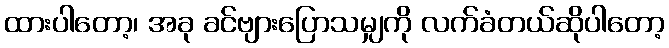
ထားပါတော့၊ အခု ခင်ဗျားပြောသမျှကို လက်ခံတယ်ဆိုပါတော့